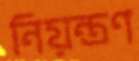
নিয়ন্ত্রণ